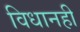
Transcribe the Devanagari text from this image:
विधानही